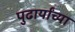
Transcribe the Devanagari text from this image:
पुढार्यांच्या